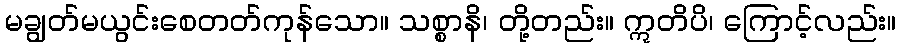
မချွတ်မယွင်းစေတတ်ကုန်သော။ သစ္စာနိ၊ တို့တည်း။ ဣတိပိ၊ ကြောင့်လည်း။